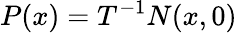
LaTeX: P(x)=T^{-1}N(x,0)